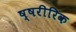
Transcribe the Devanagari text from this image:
ष्षरीरिक